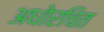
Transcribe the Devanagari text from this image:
अधोरचित